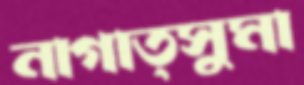
নাগাত্সুমা